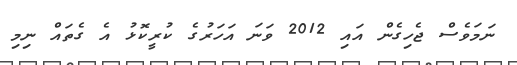
ނަމަވެސް ޖެހިގެން އައި 2012 ވަނަ އަހަރުގެ ކުރީކޮޅު އެ ގެތައް ނިމި